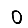
Digit: 0